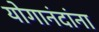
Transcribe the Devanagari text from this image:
योगानंदांना